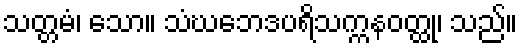
သတ္တမံ၊ သော။ သံဃဘေဒပရိသက္ကနဝတ္ထု၊ သည်။